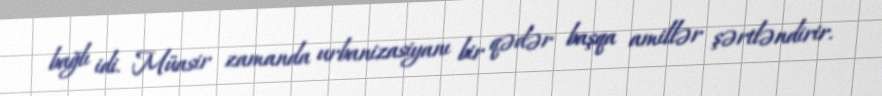
bağlı idi. Müasir zamanda urbanizasiyanı bir qədər başqa amillər şərtləndirir.